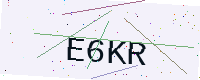
Text: E6KR